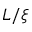
L / \xi